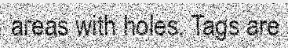
areas with holes. Tags are